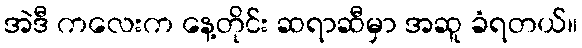
အဲဒီ ကလေးက နေ့တိုင်း ဆရာဆီမှာ အဆူ ခံရတယ်။